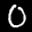
Label: 0